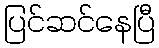
ပြင်ဆင်နေပြီ